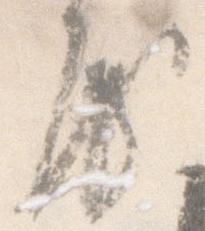
房